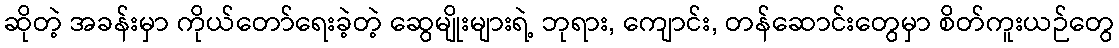
ဆိုတဲ့ အခန်းမှာ ကိုယ်တော်ရေးခဲ့တဲ့ ဆွေမျိုးများရဲ့ ဘုရား, ကျောင်း, တန်ဆောင်းတွေမှာ စိတ်ကူးယဉ်တွေ